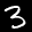
Digit: 3